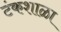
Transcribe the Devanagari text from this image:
टंकशाळा